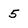
Character: 5